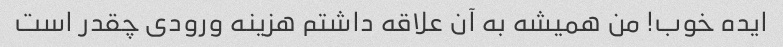
ایده خوب! من همیشه به آن علاقه داشتم هزینه ورودی چقدر است